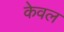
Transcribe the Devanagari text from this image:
केेवल